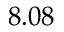
8 . 0 8